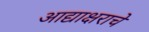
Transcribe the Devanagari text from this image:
आद्याक्षराचे